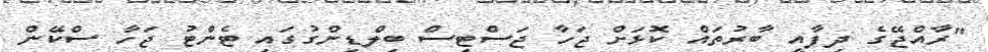
"ރާއްޖޭގެ ދިފާއީ ބާރުތައް ކޮޅަށް ޖަހާ ޖަސްޓިސް ބިލްޑިންގުގައި ޓެންޓު ޖަހާ ސްކޭން